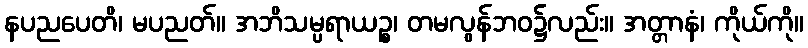
နပညပေတိ၊ မပညတ်။ အဘိသမ္ပရာယဉ္စ၊ တမလွန်ဘဝ၌လည်း။ အတ္တာနံ၊ ကိုယ်ကို။